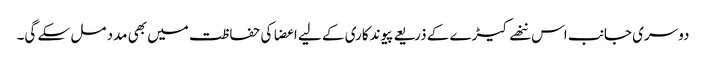
دوسری جانب اس ننھے کیڑے کے ذریعے پیوندکاری کے لیے اعضا کی حفاظت میں بھی مدد مل سکے گی۔